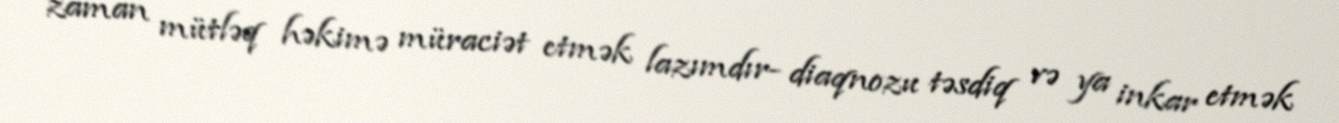
zaman mütləq həkimə müraciət etmək lazımdır- diaqnozu təsdiq və ya inkar etmək